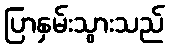
ပြာနှမ်းသွားသည်